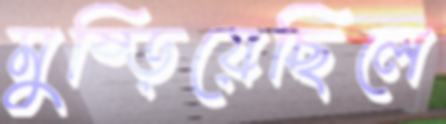
মুষ্‌ড়িয়েছিলে